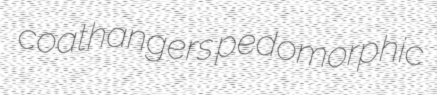
coathangers pedomorphic